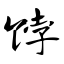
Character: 饽